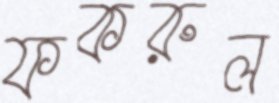
ফকরুল